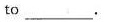
to ___.